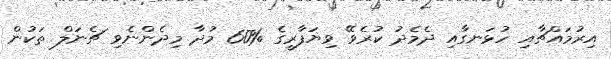
އިރުމައްޗާއި ހުޅަނގާއި ދެމެދު ކުރެވޭ ވިޔަފާރީގެ %60 މުދާ މިދެންނެވި ޗެނަލް ތަކުން